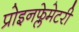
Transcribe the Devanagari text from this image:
प्रोइनफ्लेमेटरी